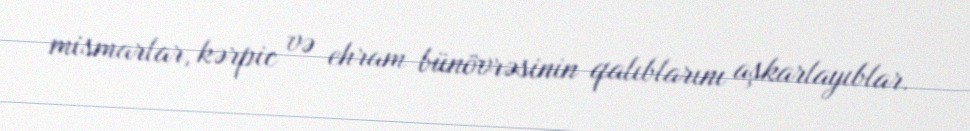
mismarlar, kərpic və ehram bünövrəsinin qalıblarını aşkarlayıblar.